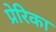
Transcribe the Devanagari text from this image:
प्रेरिका